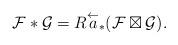
LaTeX: \begin{align*}{\cal F}\ast{\cal G}=R\overset \gets a_*({\cal F}\boxtimes{\cal G}).\end{align*}